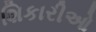
શિકારીઓ